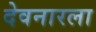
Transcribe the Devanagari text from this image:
देवनारला